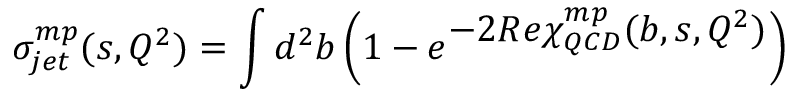
\sigma _ { j e t } ^ { m p } ( s , Q ^ { 2 } ) = \int d ^ { 2 } b \left( 1 - e ^ { \textstyle - 2 R e \chi _ { Q C D } ^ { m p } ( b , s , Q ^ { 2 } ) } \right)